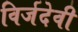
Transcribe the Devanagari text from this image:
विर्जदेवी